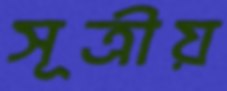
সূত্রীয়